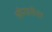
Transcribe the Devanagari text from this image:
श्रीराजेश